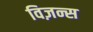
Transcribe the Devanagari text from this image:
विज़न्स